Vaccination in Bombay 1902-1912 - 1902-1912
Year: 1902
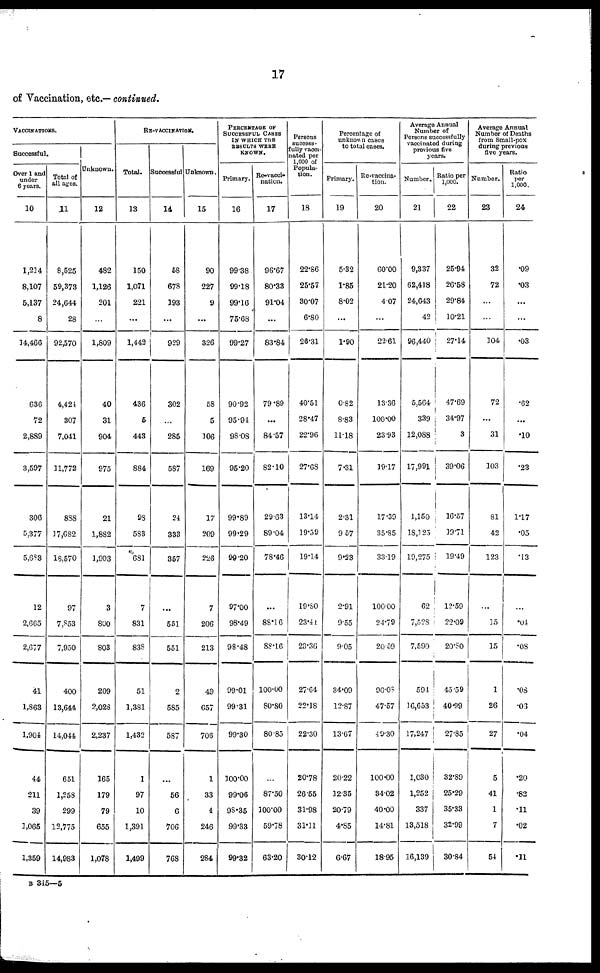
17
of Vaccination, etc.— continued.
VACCINATIONS.
Successful.
Over 1 and
under
6 years.
10
1,214
8,107
5,137
8
14,466
636
72
2,889
3,597
306
5,377
5,683
12
2,665
2,677
41
1,863
1,904
44
211
39
1,065
1,359
Total of
all ages.
11
8,525
59,373
24,644
28
92,570
4,424
307
7,041
11,772
888
17,682
18,570
97
7,853
7,950
400
13,644
14,044
651
1,258
299
12,775
14,983
Unknown.
12
482
1,126
201
...
1,809
40
31
904
975
21
1,882
1,903
3
800
803
209
2,028
2,237
165
179
79
655
1,078
RE-VACCINATION.
Total.
13
150
1,071
221
...
1,442
436
6
443
884
98
583
681
7
831
838
51
1,381
1,432
1
97
10
1,391
1,499
Successful
14
68
678
193
...
929
302
...
285
587
24
333
357
...
551
551
2
585
587
...
56
6
706
768
Unknown.
15
90
227
9
...
326
58
5
106
169
17
209
226
7
206
213
49
657
706
1
33
4
246
284
PERCENTAGE OF
SUCCESSFUL CASES
IN WHICH THE
RESULTS WERE
KNOWN.
Primary.
16
99.38
99.18
99.16
75.68
99.27
90.92
95.94
98.08
95.20
99.89
99.29
99.20
97.00
98.49
98.48
99.01
99.31
99.30
100.00
99.06
98.35
99.33
99.32
Re-vacci-
nation.
17
96.67
80.33
91.04
...
83.84
79.89
...
84.57
82.10
29.63
89.04
78.46
...
88.16
88.16
100.00
80.80
80.85
...
87.50
100.00
59.78
63.20
Persons
success-
fully vacci-
nated per
1,000 of
Popula-
tion.
18
22.86
25.57
30.07
6.80
26.31
40.51
28.47
22.96
27.68
13.14
19.59
19.14
19.80
23.41
23.36
27.64
22.18
22.30
20.78
26.55
31.98
31.11
30.12
Percentage of
unknown cases
to total cases.
Primary.
19
5.32
1.85
8.02
...
1.90
0.82
8.83
11.18
7.31
2.31
9.57
9.23
2.91
9.55
9.05
34.09
12.87
13.67
20.22
12.35
20.79
4.85
6.67
Re-vaccina-
tion.
20
60.00
21.20
4.07
...
22.61
13.36
100.00
23.93
19.17
17.39
35.85
33.19
100.00
24.79
20.59
96.08
47.57
49.30
100.00
34.02
40.00
14.81
18.95
Average Annual
Number of
Persons successfully
vaccinated during
previous five
years.
Number.
21
9,337
62,418
24,643
42
96,440
5,564
339
12,088
17,991
1,150
18,125
19,275
62
7,528
7,590
594
16,653
17,247
1,030
1,252
337
13,518
16,139
Ratio per
1,000.
22
25.94
26.58
29.84
10.21
27.14
47.69
34.97
3
39.06
16.57
19.71
19.49
12.59
22.09
20.80
45.59
40.99
27.85
32.89
25.29
35.33
32.99
30.84
Average Annual
Number of Deaths
from Small-pox
during previous
five years.
Number.
23
32
72
...
...
104
72
...
31
103
81
42
123
...
15
15
1
26
27
5
41
1
7
54
Ratio
per
1,000.
24
.09
.03
...
...
.03
.62
...
.10
.23
1.17
.05
.13
...
.04
.08
.08
.03
.04
.20
.82
.11
.02
.11
B 345—5